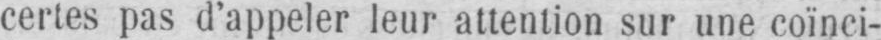
certes pas d’appeler leur attention sur une coïnci-